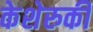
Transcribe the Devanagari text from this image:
केशेरुकी